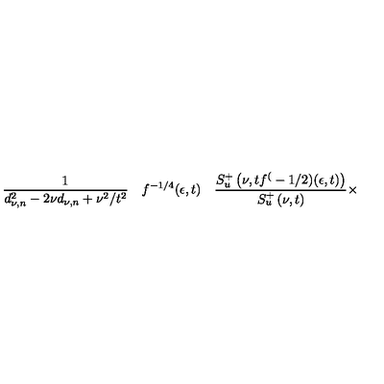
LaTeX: \frac 1 { d _ { \nu , n } ^ { 2 } - 2 \nu d _ { \nu , n } + \nu ^ { 2 } / t ^ { 2 } } \quad f ^ { - 1 / 4 } ( \epsilon , t ) \quad \frac { S _ { u } ^ { + } \left( \nu , t f ^ { ( } - 1 / 2 ) ( \epsilon , t ) \right) } { S _ { u } ^ { + } \left( \nu , t \right) } \times